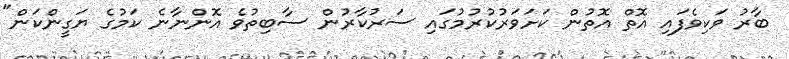
ބާރު ވަކިވެފައި އޮތް އޮތުން ކަށަވަރުކުރުމުގައި ސަރުކާރުން ސާބިތުވެ އޮންނާނެ ކަމުގެ ޔަގީންކަން"